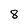
Character: 8